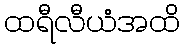
ထရီလီယံအထိ